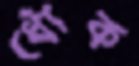
ধোঁক